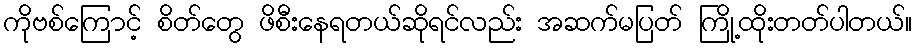
ကိုဗစ်ကြောင့် စိတ်တွေ ဖိစီးနေရတယ်ဆိုရင်လည်း အဆက်မပြတ် ကြို့ထိုးတတ်ပါတယ်။